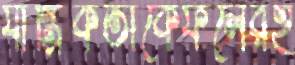
যান্ত্রিকতাকেফলেরই